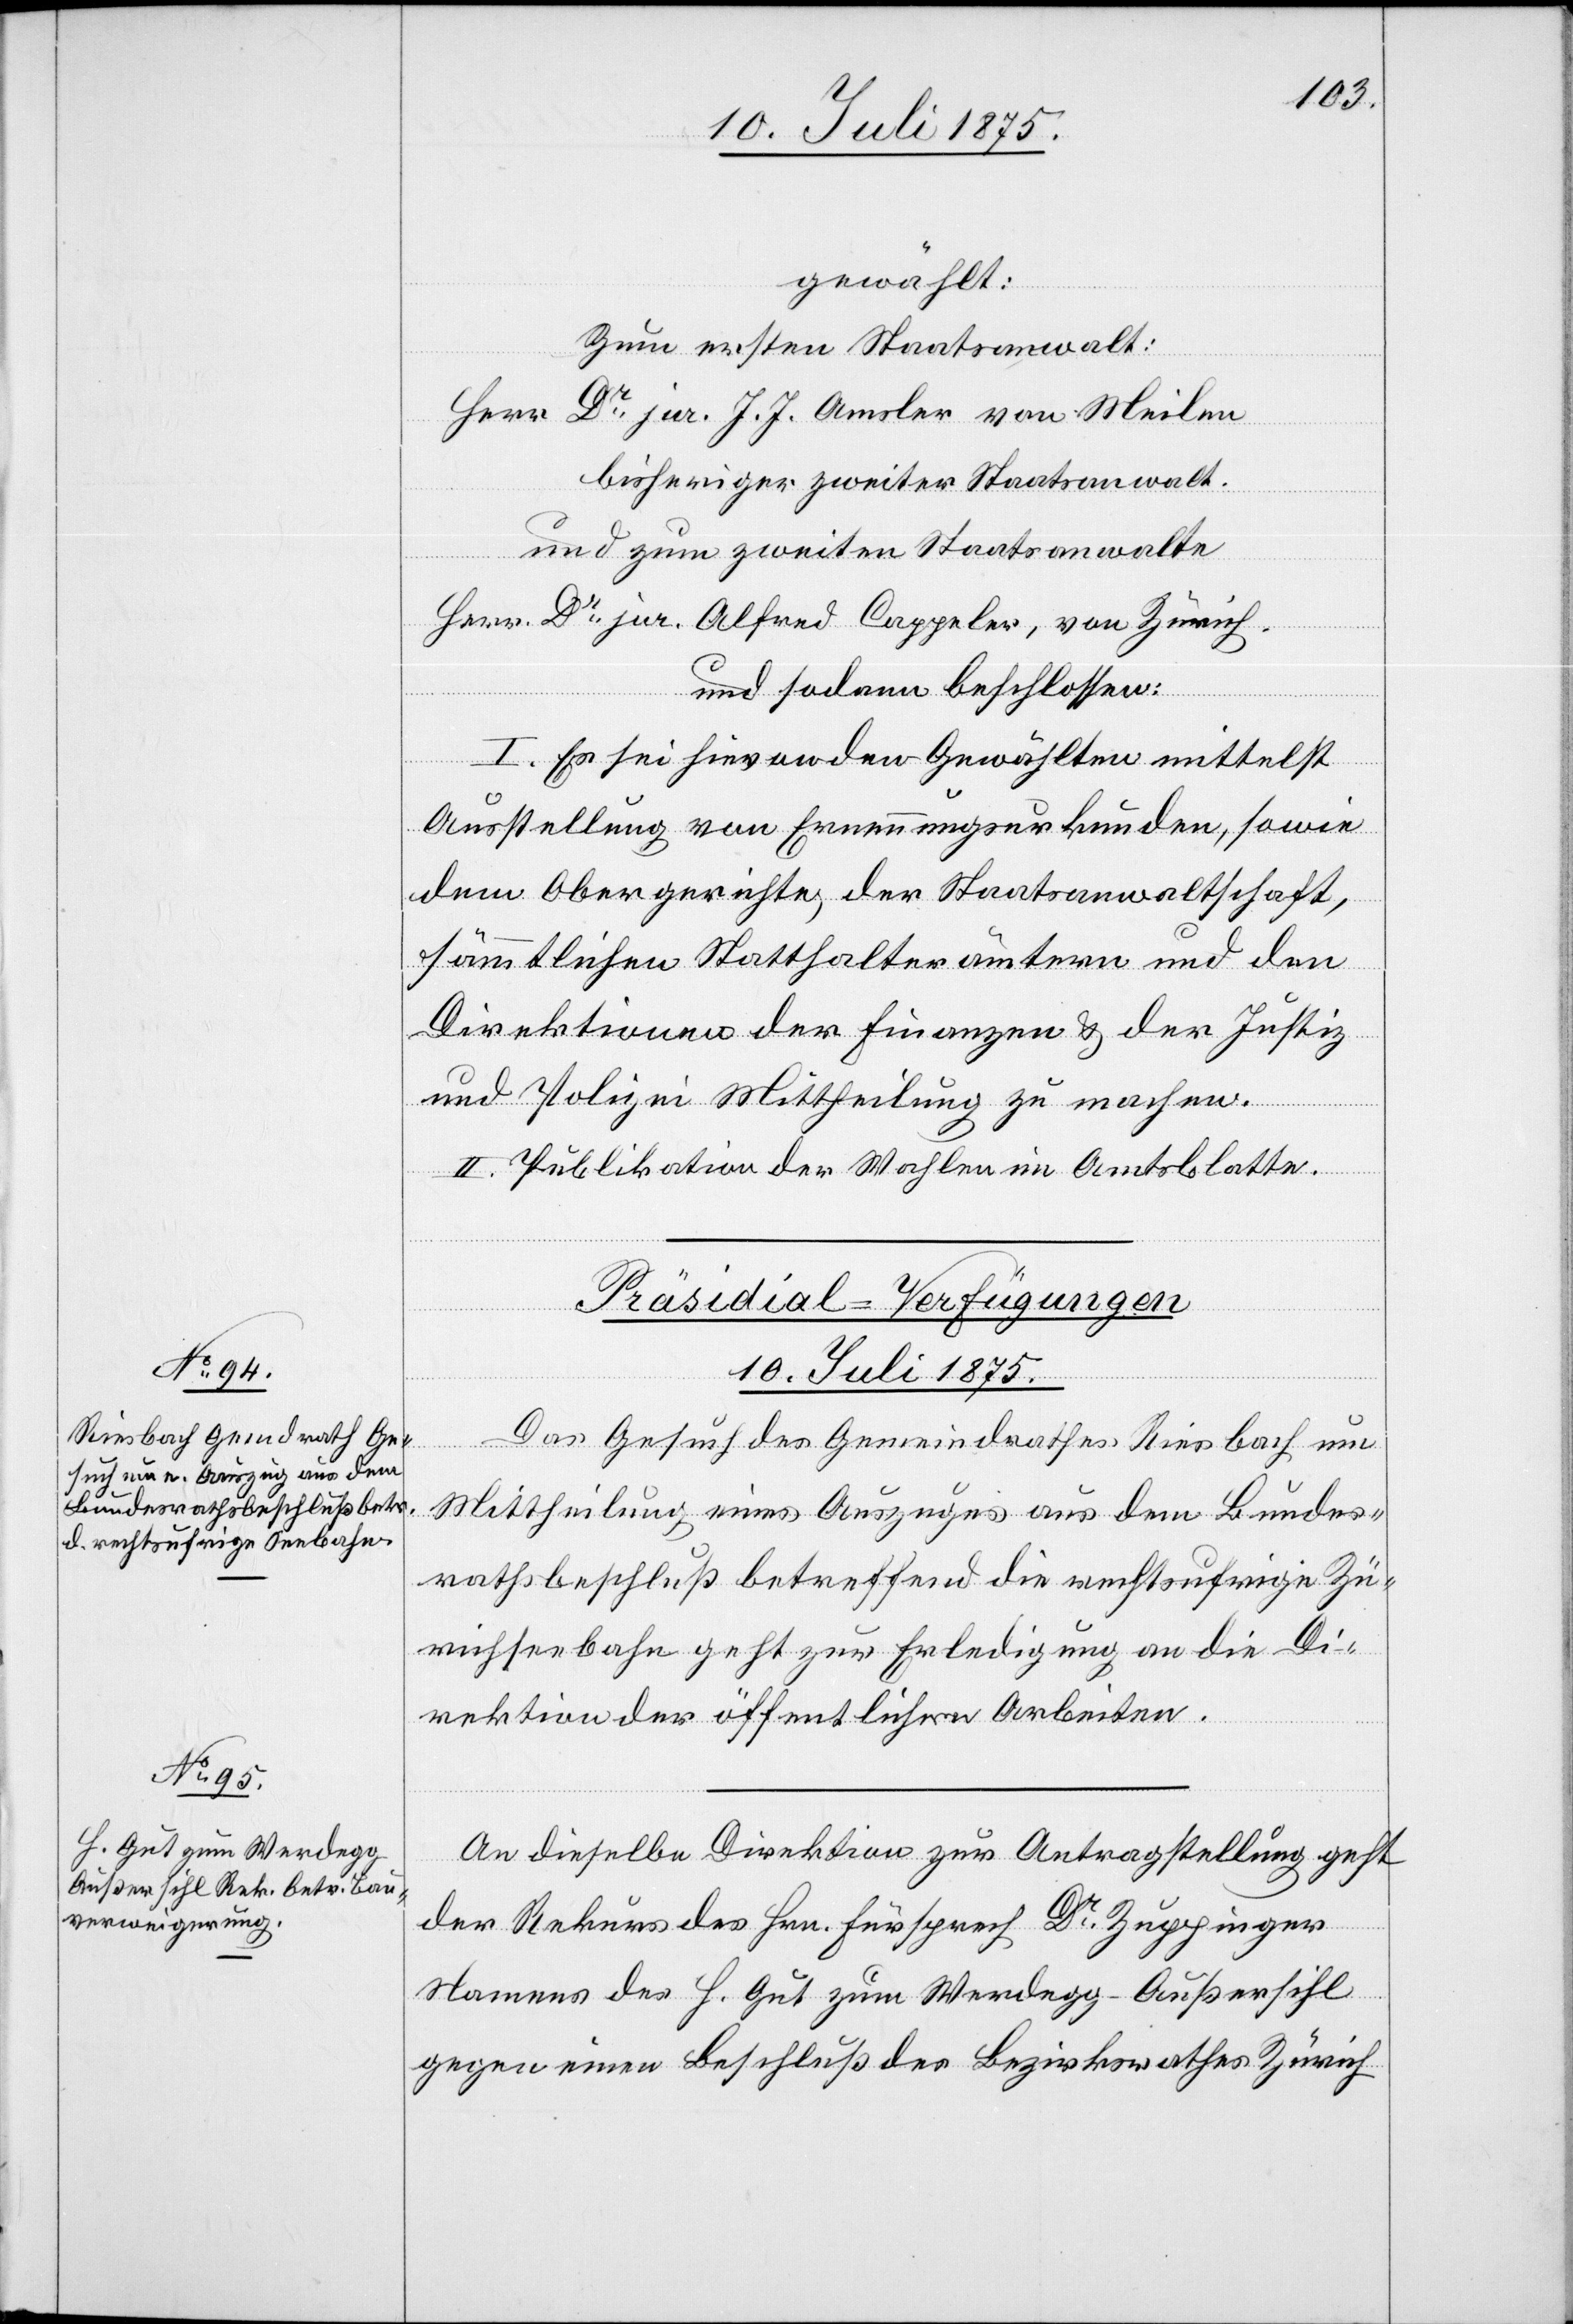
gewählt:
Zum ersten Staatsanwalt:
Herr Dr jur. J. J. Amsler von Meilen
bisheriger zweiter Staatsanwalt.
und zum zweiten Staatsanwalte
Herr Dr jur. Alfred Cappeler, von Zürich.
und sodann beschlossen:
I. Es sei hievon den Gewählten mittelst
Ausstellung von Ernennungsurkunden, sowie
dem Obergerichte, der Staatsanwaltschaft,
sämmtlichen Statthalterämtern und den
Direktionen der Finanzen & der Justiz
und Polizei Mittheilung zu machen.
II. Publikation der Wahlen im Amtsblatte.
[Präsidial-Verfügungen
10. Juli 1875.]
Das Gesuch des Gemeindrathes Riesbach um
Mittheilung eines Auszuges aus dem Bundes¬
rathsbeschluß betreffend die rechtsufrige Zü¬
richseebahn geht zur Erledigung an die Di¬
rektion der öffentlichen Arbeiten.
An dieselbe Direktion zur Antragstellung geht
der Rekurs des Hrn. Fürsprech Dr Zuppinger
Namens des H. Gut zum Werdegg - Außersihl
gegen eine Beschluß des Bezirksrathes Zürich